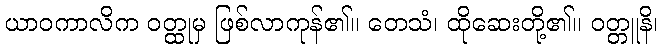
ယာဝကာလိက ဝတ္ထုမှ ဖြစ်လာကုန်၏။ တေသံ၊ ထိုဆေးတို့၏။ ဝတ္တူနိ၊